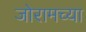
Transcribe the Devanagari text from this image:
जोरामच्या